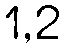
1,2